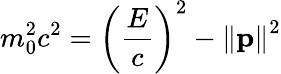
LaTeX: m_{0}^{2}c^{2}=\left({\frac{E}{c}}\right)^{2}-\left\| \mathbf{p}\right\| ^{2}